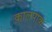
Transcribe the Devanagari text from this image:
क़ालपाक़